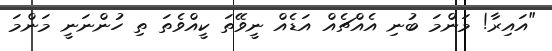
"އައިރާ! މަންމަ ބުނި އެއްޗެއް އަޑެއް ނީވޭތަ ކީއްވެތަ ތި ހުންނަނީ މަންމަ